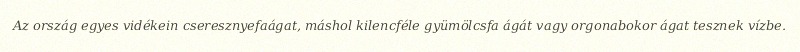
Az ország egyes vidékein cseresznyefaágat, máshol kilencféle gyümölcsfa ágát vagy orgonabokor ágat tesznek vízbe.